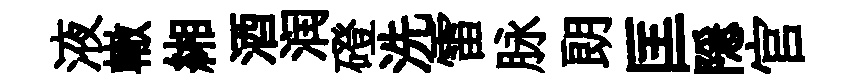
液轍緗酒润磴洗雷脉朗匡隠官